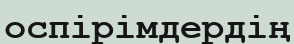
оспірімдердің